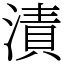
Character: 漬